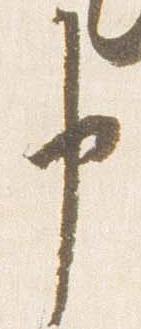
申